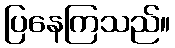
ပြနေကြသည်။